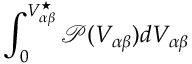
\int _ { 0 } ^ { V _ { \alpha \beta } ^ { \star } } \mathcal { P } ( V _ { \alpha \beta } ) d V _ { \alpha \beta }